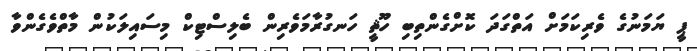
ޕީ ޔަމަނުގެ ވެރިކަމަށް އަތްގަދަ ކޮށްގެންތިބި ހޫޘީ ހަނގުރާމަވެރިން ބެލިސްޓިކް މިސައިލަކުން މާތްވެގެންވާ